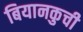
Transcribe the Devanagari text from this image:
बियानकुची